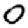
Digit: 0